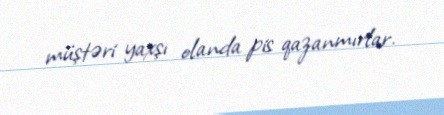
müştəri yaxşı olanda pis qazanmırlar.